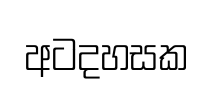
අටදහසක